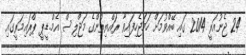
24 ޖެނުއަރީ 2014 ގައި ބޭއްވުމަށް ހަމަޖެހިފައިވާ ރައްޔިތުންގެ މަޖްލިސް އެމް.ޑީ.ޕީ ޕްރައިމަރީގައި